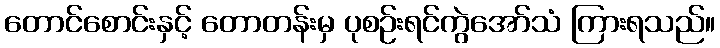
တောင်စောင်းနှင့် တောတန်းမှ ပုစဉ်းရင်ကွဲအော်သံ ကြားရသည်။